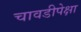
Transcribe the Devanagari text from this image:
चावडीपेक्षा